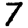
Digit: 7